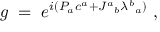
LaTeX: g \; = \; e ^ { i ( P _ { a } c ^ { a } + J ^ { a } { } _ { b } \lambda ^ { b } { } _ { a } ) } \; ,